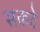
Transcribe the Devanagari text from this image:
सकटे